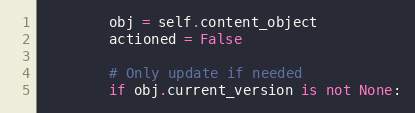
Language: Python
        obj = self.content_object
        actioned = False

        # Only update if needed
        if obj.current_version is not None: